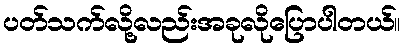
ပတ်သက်လို့လည်းအခုလိုပြောပါတယ်။